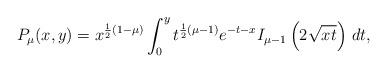
LaTeX: \begin{align*}P_{\mu} (x,y)=\displaystyle x^{\frac12 (1-\mu)}\int_0^{y} t^{\frac12 (\mu -1)} e^{-t-x} I_{\mu -1} \left(2\sqrt{xt}\right) \,dt,\end{align*}